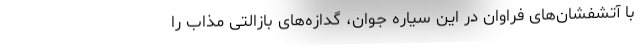
با آتشفشان‌های فراوان در این سیاره جوان، گدازه‌های بازالتی مذاب را